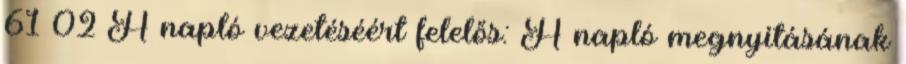
61 02 A napló vezetéséért felelős: A napló megnyitásának